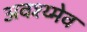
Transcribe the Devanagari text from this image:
अवश्य्मेव